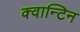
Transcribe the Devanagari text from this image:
क्वान्टिन